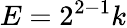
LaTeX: E=2^{2-1}k